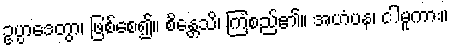
ဥပ္ပာဒေတွာ၊ ဖြစ်စေ၍။ စိန္တေသိ၊ ကြံစည်၏။ အဟံပန၊ ငါမူကား။